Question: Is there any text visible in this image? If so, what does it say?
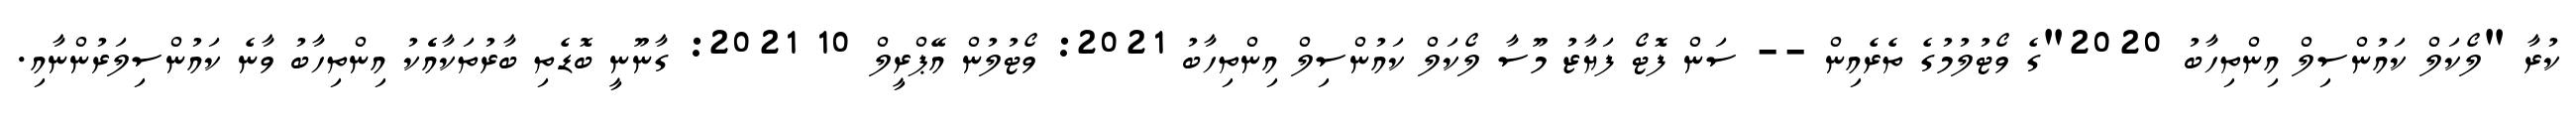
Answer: ކުރާ "ލޯކަލް ކައުންސިލް އިންތިހާބު 2020"ގެ ވޯޓުލުމުގެ ތެރެއިން -- ސަން ފޮޓޯ ފަޔާޒު މޫސާ ލޯކަލް ކައުންސިލް އިންތިހާބު 2021: ވޯޓުލުން އޭޕްރީލް 10 2021: ގާނޫނީ ބޮޑެތި ބާރުތަކާއެެކު އިންތިހާބު ވާނެ ކައުންސިލަރުންނާއި.